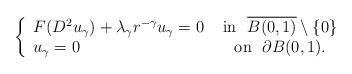
LaTeX: \begin{align*} \left\{\begin{array}{lc} F( D^2 u_\gamma) +\lambda_\gamma r^{-\gamma} u_\gamma = 0 & \mbox{ in }\ \overline{B(0,1)} \setminus \{0\}\\ u_\gamma=0 & \mbox{ on }\ \partial B(0,1) . \end{array} \right. \end{align*}